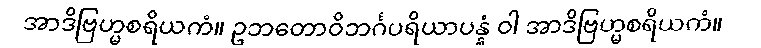
အာဒိဗြဟ္မစရိယကံ။ ဥဘတောဝိဘင်္ဂပရိယာပန္နံ ဝါ အာဒိဗြဟ္မစရိယကံ။